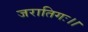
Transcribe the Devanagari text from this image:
जरातिगः।।